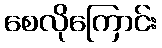
စေလိုကြောင်း